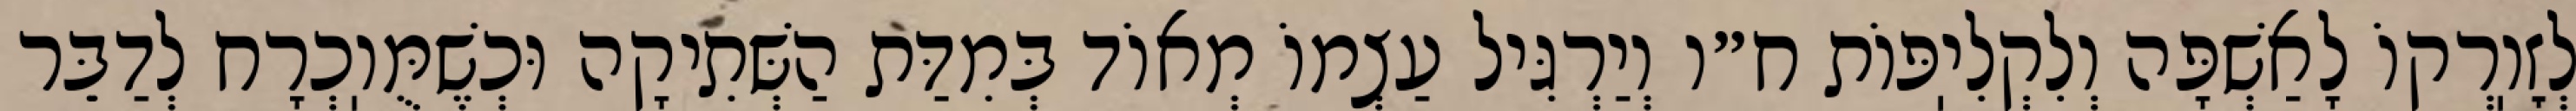
לְזׇוֽרְקוֹ לָאַשְׁפָּה וְלִקְלִיֽפּוֹת ח״ו וְיַרְגִּיל עַצְמוֹ מְאוֹד בְּמִדַּת הַשְּׁתִיקָה וּכְשֶׁמֻּוֽכְרָח לְדַבֵּר